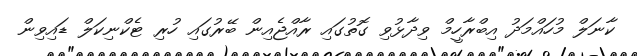
ކާނަލް މުހައްމަދު އިބްރާހީމް ވިދާޅުވި ގޮތުގައި ރާއްޖެއިން ބޭރުގައި ހުރި ޓެކްނިކަލް ޑައިވިން